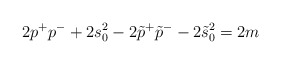
\begin{align*}2p^{+}p^{-}+2s_0^2-2\tilde{p}^{+}\tilde{p}^{-}-2\tilde{s}_0^2=2m\end{align*}